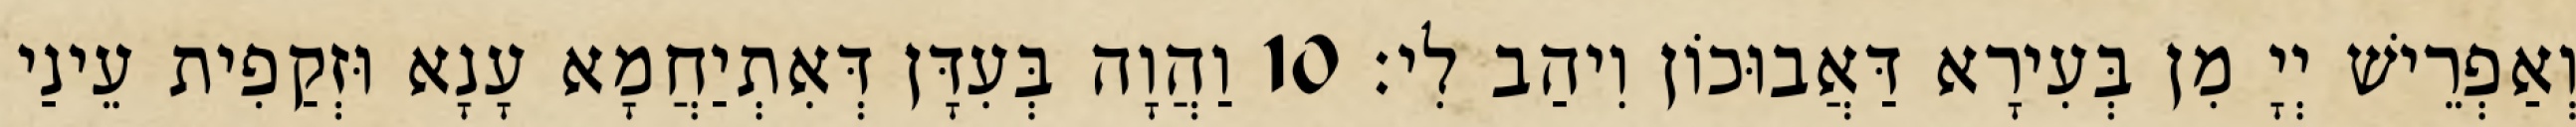
וְאַפְרֵישׁ יְיָ מִן בְּעִירָא דַּאֲבוּכוֹן וִיהַב לִי׃ 10 וַהֲוָה בְּעִדָּן דְּאִתְיַחֲמָא עָנָא וּזְקַפִית עֵינַי